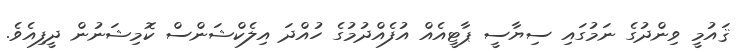
ޤައުމީ ވިންދުގެ ނަމުގައި ސިޔާސީ ޕާޓީއެއް އުފެއްދުމުގެ ހުއްދަ އިލެކްޝަންސް ކޮމިޝަނުން ދީފިއެވެ.